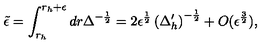
{ \tilde { \epsilon } } = \int _ { r _ { h } } ^ { r _ { h } + \epsilon } d r \Delta ^ { - \frac { 1 } { 2 } } = 2 \epsilon ^ { \frac { 1 } { 2 } } \left( \Delta _ { h } ^ { \prime } \right) ^ { - \frac { 1 } { 2 } } + O ( \epsilon ^ { \frac { 3 } { 2 } } ) ,